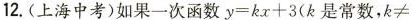
12.(上海中考)如果一次函数$$y = k x + 3($$k是常数，k≠